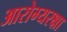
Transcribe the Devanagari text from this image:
आरोग्यरक्षा